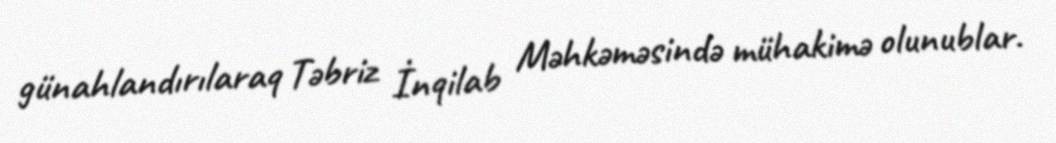
günahlandırılaraq Təbriz İnqilab Məhkəməsində mühakimə olunublar.